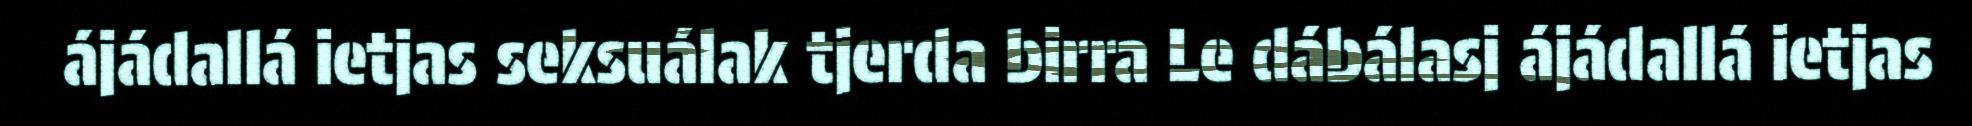
ájádallá ietjas seksuálak tjerda birra Le dábálasj ájádallá ietjas